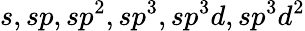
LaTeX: s,sp,sp^{2},sp^{3},sp^{3}d,sp^{3}d^{2}